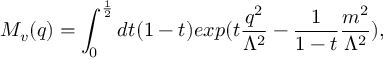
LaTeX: M _ { v } ( q ) = \int _ { 0 } ^ { \frac { 1 } { 2 } } d t ( 1 - t ) e x p ( t \frac { q ^ { 2 } } { \Lambda ^ { 2 } } - \frac { 1 } { 1 - t } \frac { m ^ { 2 } } { \Lambda ^ { 2 } } ) ,